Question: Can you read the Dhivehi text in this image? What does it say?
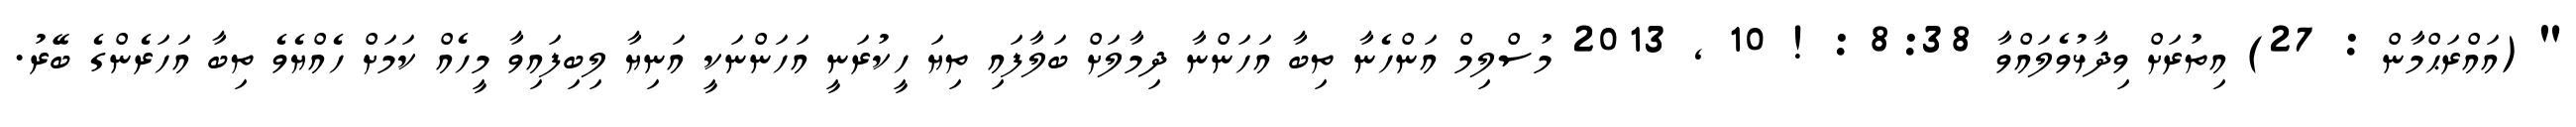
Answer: " (އައްރަޙްމާން : 27) އިތުރަށް ވިދާޅުވެލައްވާ 8:38 : ! 10 , 2013 މުސްލިމް އަންހެނާ ތިބާ އަހަންނާ ދިމާލަށް ބަލާފައި ތިޔަ ހީކުރަނީ އަހަންނަކީ އަނިޔާ ލިބިފައިވާ މީހެއް ކަމަށް ހެއްޔެވެ ތިބާ އަހަރެންގެ ބޭރު.